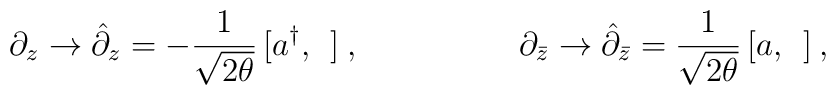
\partial_z\rightarrow\hat{\partial}_z=-\frac{1}{\sqrt{2\theta}}\,[a^{\dag},\:\:]\:,\hspace{2cm}\partial_{\bar{z}}\rightarrow\hat{\partial}_{\bar{z}}=\frac{1}{\sqrt{2\theta}}\,[a,\:\:]\:,